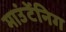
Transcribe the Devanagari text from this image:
माउंटेंनिग